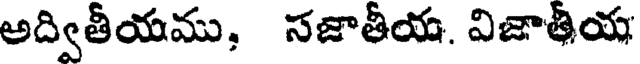
అద్వితీయము, సజాతీయ. విజాతీయ